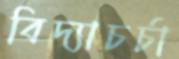
বিদ্যাচর্চা